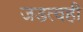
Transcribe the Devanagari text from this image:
जडत्वही